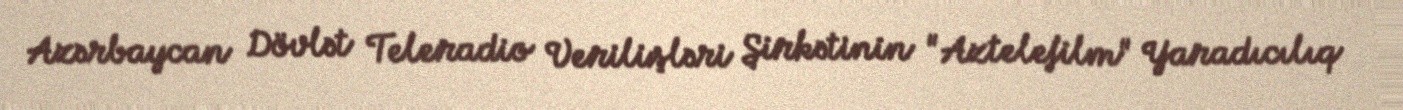
Azərbaycan Dövlət Teleradio Verilişləri Şirkətinin "Aztelefilm" Yaradıcılıq